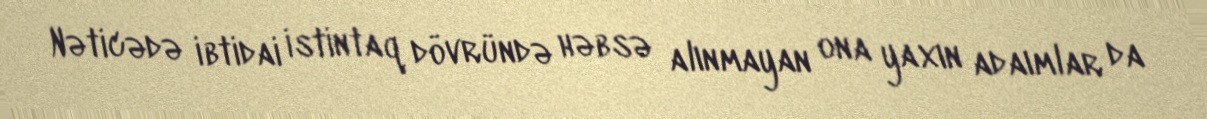
Nəticədə ibtidai istintaq dövründə həbsə alınmayan ona yaxın adaımlar da